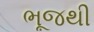
ભૂજથી